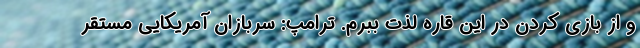
و از بازی کردن در این قاره لذت ببرم. ترامپ: سربازان آمریکایی مستقر